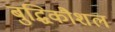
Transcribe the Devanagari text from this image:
बुद्धिकौशल